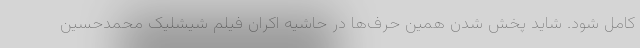
کامل شود. شاید پخش شدن همین حرف‌ها در حاشیه اکران فیلم شیشلیک محمدحسین